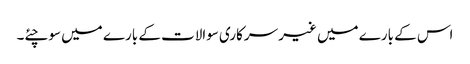
اس کے بارے میں غیر سرکاری سوالات کے بارے میں سوچئے۔